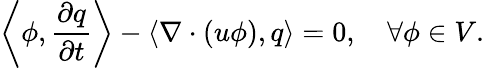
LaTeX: \left\langle\phi,\frac{\partial q}{\partial t}\right\rangle-\left\langle\nabla\cdot(u\phi),q\right\rangle=0,\quad\forall\phi\in V.